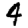
Digit: 4